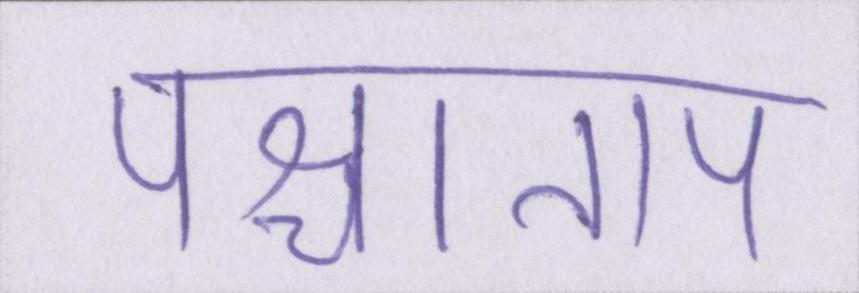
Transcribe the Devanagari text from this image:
पश्चाताप